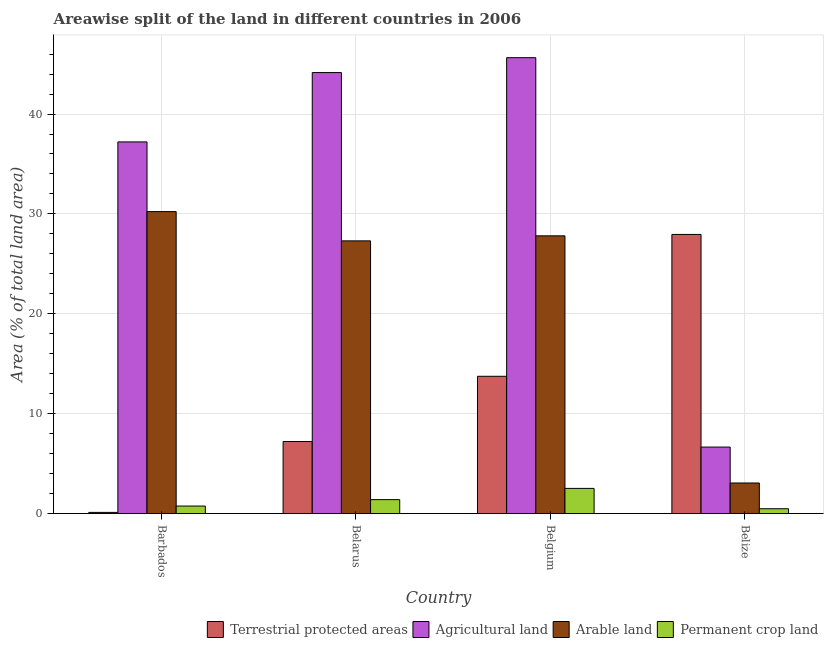
| Country | Terrestrial protected areas | Agricultural land | Arable land | Permanent crop land |
 | --- | --- | --- | --- | --- |
 | Barbados | 0.124 | 37.2 | 30.2 | 0.76 |
 | Belarus | 7.22 | 44.1 | 27.3 | 1.4 |
 | Belgium | 13.7 | 45.6 | 27.8 | 2.53 |
 | Belize | 27.9 | 6.66 | 3.07 | 0.491 |